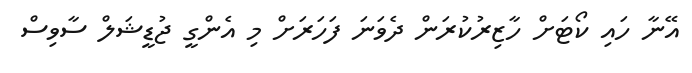
އޭނާ ހައި ކޯޓަށް ހާޒިރުކުރަން ދެވަނަ ފަހަރަށް މި އެންގީ ޖުޑީޝަލް ސާވިސް